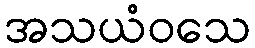
အသယံဝသေ